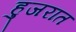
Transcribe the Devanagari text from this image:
हुजरात